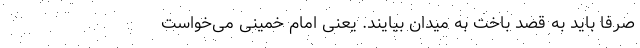
صرفاً باید به قصد باخت به میدان بیایند. یعنی امام خمینی می‌خواست